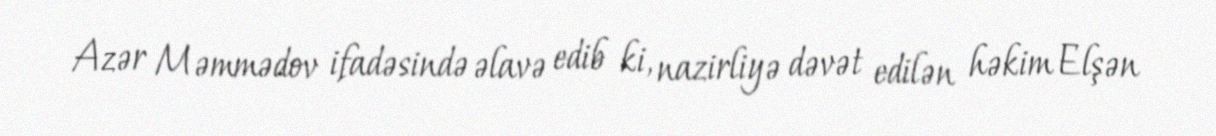
Azər Məmmədov ifadəsində əlavə edib ki, nazirliyə dəvət edilən həkim Elşən